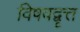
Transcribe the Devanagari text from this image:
विषवद्वृत्त